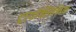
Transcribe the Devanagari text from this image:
ट्रायक्लिनिक